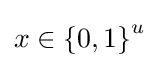
x\in \left\{{0},{1}\right\}^{u}